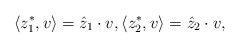
\begin{align*}\langle z_1^*, v\rangle = \hat z_1 \cdot v,\langle z_2^*,v\rangle = \hat z_2\cdot v,\end{align*}